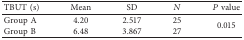
| TBUT (s) | Mean | SD | N | P value |
 | --- | --- | --- | --- | --- |
 | Group A | 4.20 | 2.517 | 25 | <ROWSPAN=2> 0.015 |
 | Group B | 6.48 | 3.867 | 27 |